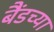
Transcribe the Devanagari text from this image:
बैंडच्या